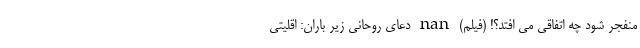
منفجر شود چه اتفاقی می افتد؟! (فیلم) nan دعای روحانی زیر باران: اقلیتی